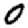
Digit: 0